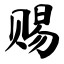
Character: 赐